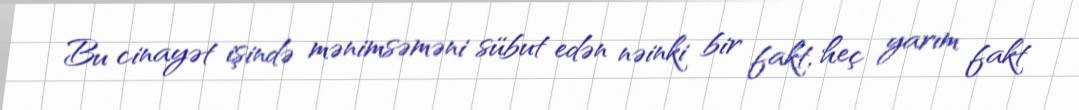
Bu cinayət işində mənimsəməni sübut edən nəinki bir fakt, heç yarım fakt